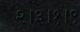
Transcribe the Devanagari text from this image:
२।३।१।९